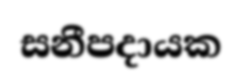
සනීපදායක